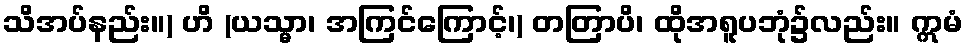
သိအပ်နည်း။) ဟိ (ယသ္မာ၊ အကြင်ကြောင့်၊) တတြာပိ၊ ထိုအရူပဘုံ၌လည်း။ ဣမံ